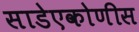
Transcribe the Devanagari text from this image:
साडेएकोणीस